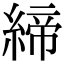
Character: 締